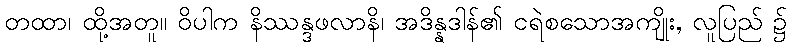
တထာ၊ ထို့အတူ။ ဝိပါက နိဿန္ဒဖလာနိ၊ အဒိန္နဒါန်၏ ငရဲစသောအကျိုး, လူပြည် ၌